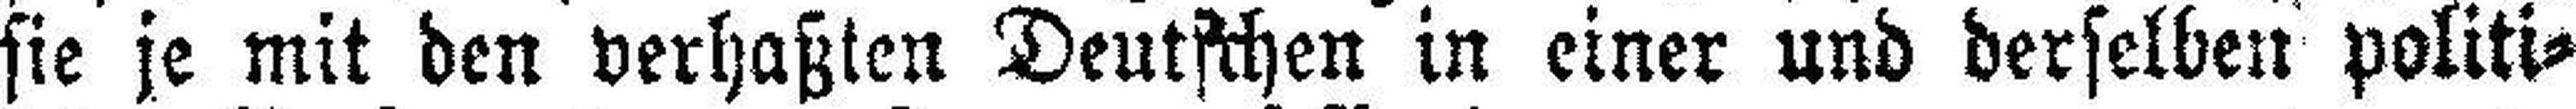
sie je mit den verhaßten Deutschen in einer und derselben politi¬